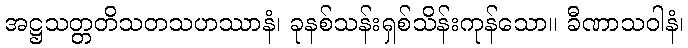
အဋ္ဌသတ္တတိသတသဟဿာနံ၊ ခုနစ်သန်းရှစ်သိန်းကုန်သော။ ခီဏာသဝါနံ၊